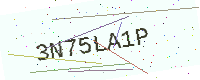
Text: 3N75LA1P